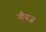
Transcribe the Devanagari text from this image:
नौयज़